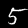
Digit: 5